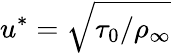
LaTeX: u^{*}=\sqrt{\tau_{0}/\rho_{\infty}}